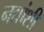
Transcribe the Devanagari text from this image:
नद्यांशी